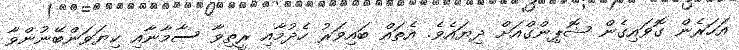
އަހަރެން ގޮވައިގެން ޝޮޕިންގްއަށް ދިޔައެވެ. އެތައް ބައިވަރު ހެދުމާއި ރީތިވާ ސާމާނާއި ކިޔަވަންބޭނުންވާ